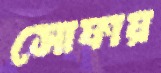
সোফায়